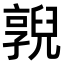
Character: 𠆔